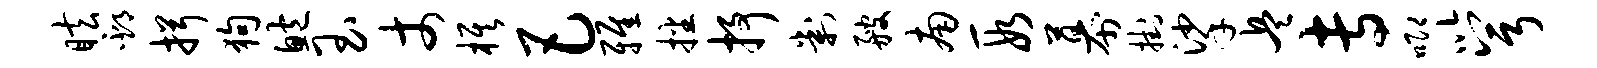
眩邳揖狗鲍玉丈旗巴雅播抒判艘南段幕挂挲兵专唧以兮